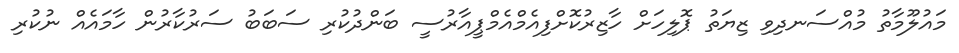
މައުލޫމާތު މުއްސަނދިވި ޒިޔަތުު ޕޮލިހަށް ހާޒިރުކޮށްފިއެމްއެމްޕީއާރުސީ ބަންދުކުރި ސަބަބު ސަރުކާރުން ހާމައެއް ނުކުރި